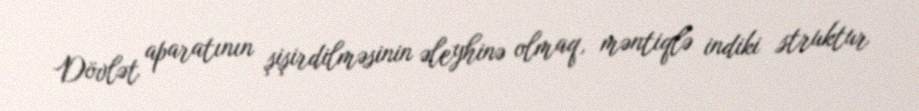
Dövlət aparatının şişirdilməsinin əleyhinə olmaq, məntiqlə indiki struktur